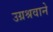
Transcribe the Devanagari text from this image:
उग्रश्रवाने